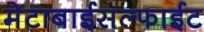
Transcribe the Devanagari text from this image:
मेटाबाईसल्फाईट